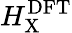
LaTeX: H_{\mathrm{X}}^{\mathrm{DFT}}